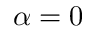
\alpha = 0